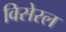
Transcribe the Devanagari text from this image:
विसेरल